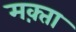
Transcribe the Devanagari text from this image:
मक़्ता